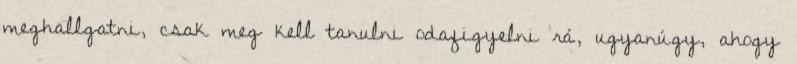
meghallgatni, csak meg kell tanulni odafigyelni rá, ugyanúgy, ahogy